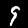
Digit: 9